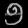
Digit: ၅